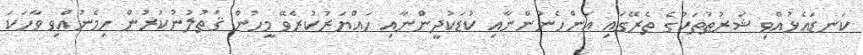
ކަނޑައެޅުއްވި ޝަރުޠުތަކުގެ ތެރޭގައި އަންހެނުންނާއި ކުޑަކުދީންނާއި ހައްޔަރުކުރެވޭ މީހުން ޤަތުލުނުކުރުން ހިމެނުއްވި ވާހަކަ